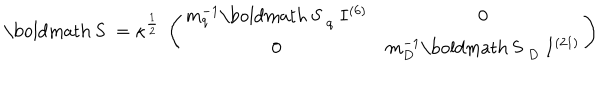
\mathrm { \boldmath ~ S ~ } = \kappa ^ { \frac { 1 } { 2 } } ~ \left( \begin{array} { c c } { { m _ { q } ^ { - 1 } { \mathrm { \boldmath ~ S ~ } } _ { q } ~ I ^ { ( 6 ) } } } & { { 0 } } \\ { { 0 } } & { { m _ { D } ^ { - 1 } { \mathrm { \boldmath ~ S ~ } } _ { D } ~ I ^ { ( 2 1 ) } } } \\ \end{array} \right)